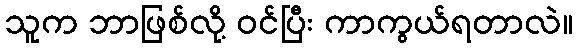
သူက ဘာဖြစ်လို့ ဝင်ပြီး ကာကွယ်ရတာလဲ။